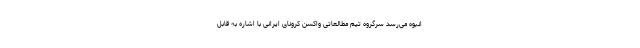
انبوه می‌رسد سرگروه تیم مطالعاتی واکسن کرونای ایرانی با اشاره به قابل